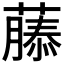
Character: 𮑚